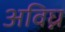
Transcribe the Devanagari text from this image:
अविघ्न